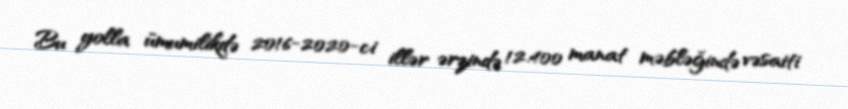
Bu yolla ümumilikdə 2016-2020-ci illər ərzində 12.400 manat məbləğində vəsaiti